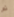
تم